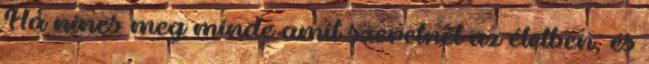
Ha nincs meg minde amit szeretnél az életben, és